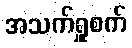
အသက်ရှူစက်